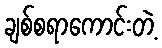
ချစ်စရာကောင်းတဲ့